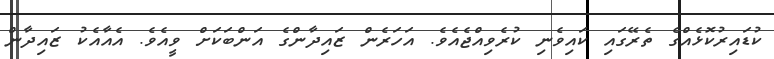
ކުޑައިރުކޮޅެއްގެ ތެރޭގައި ކައިވެނި ކުރެވިއްޖެއެވެ. އަހަރެން ޒައިދާންގެ އަންބަކަށް ވީއެވެ. އެއާއެކު ޒައިދާން